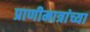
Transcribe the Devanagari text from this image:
प्राणीमात्रांच्या